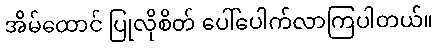
အိမ်ထောင် ပြုလိုစိတ် ပေါ်ပေါက်လာကြပါတယ်။